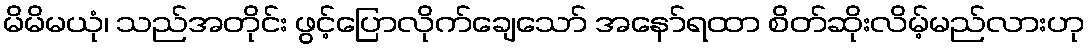
မိမိမယုံ၊ သည်အတိုင်း ဖွင့်ပြောလိုက်ချေသော် အနော်ရထာ စိတ်ဆိုးလိမ့်မည်လားဟု